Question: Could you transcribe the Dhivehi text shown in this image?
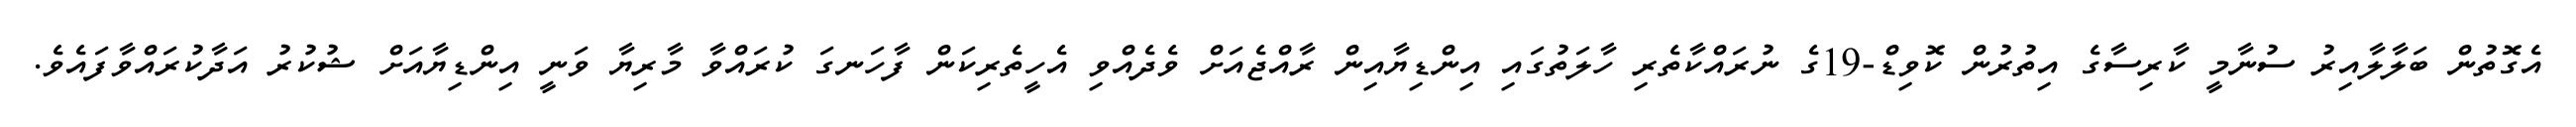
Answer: އެގޮތުން ބަލާލާއިރު ސުނާމީ ކާރިސާގެ އިތުރުން ކޮވިޑް-19ގެ ނުރައްކާތެރި ހާލަތުގައި އިންޑިޔާއިން ރާއްޖެއަށް ވެދެއްވި އެހީތެރިކަން ފާހަނގަ ކުރައްވާ މާރިޔާ ވަނީ އިންޑިޔާއަށް ޝުކުރު އަދާކުރައްވާފައެވެ.